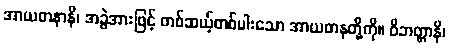
အာယတနာနိ၊ အခွဲအားဖြင့် တစ်ဆယ့်တစ်ပါးသော အာယတနတို့ကို။ ဝိဘတ္တာနိ၊